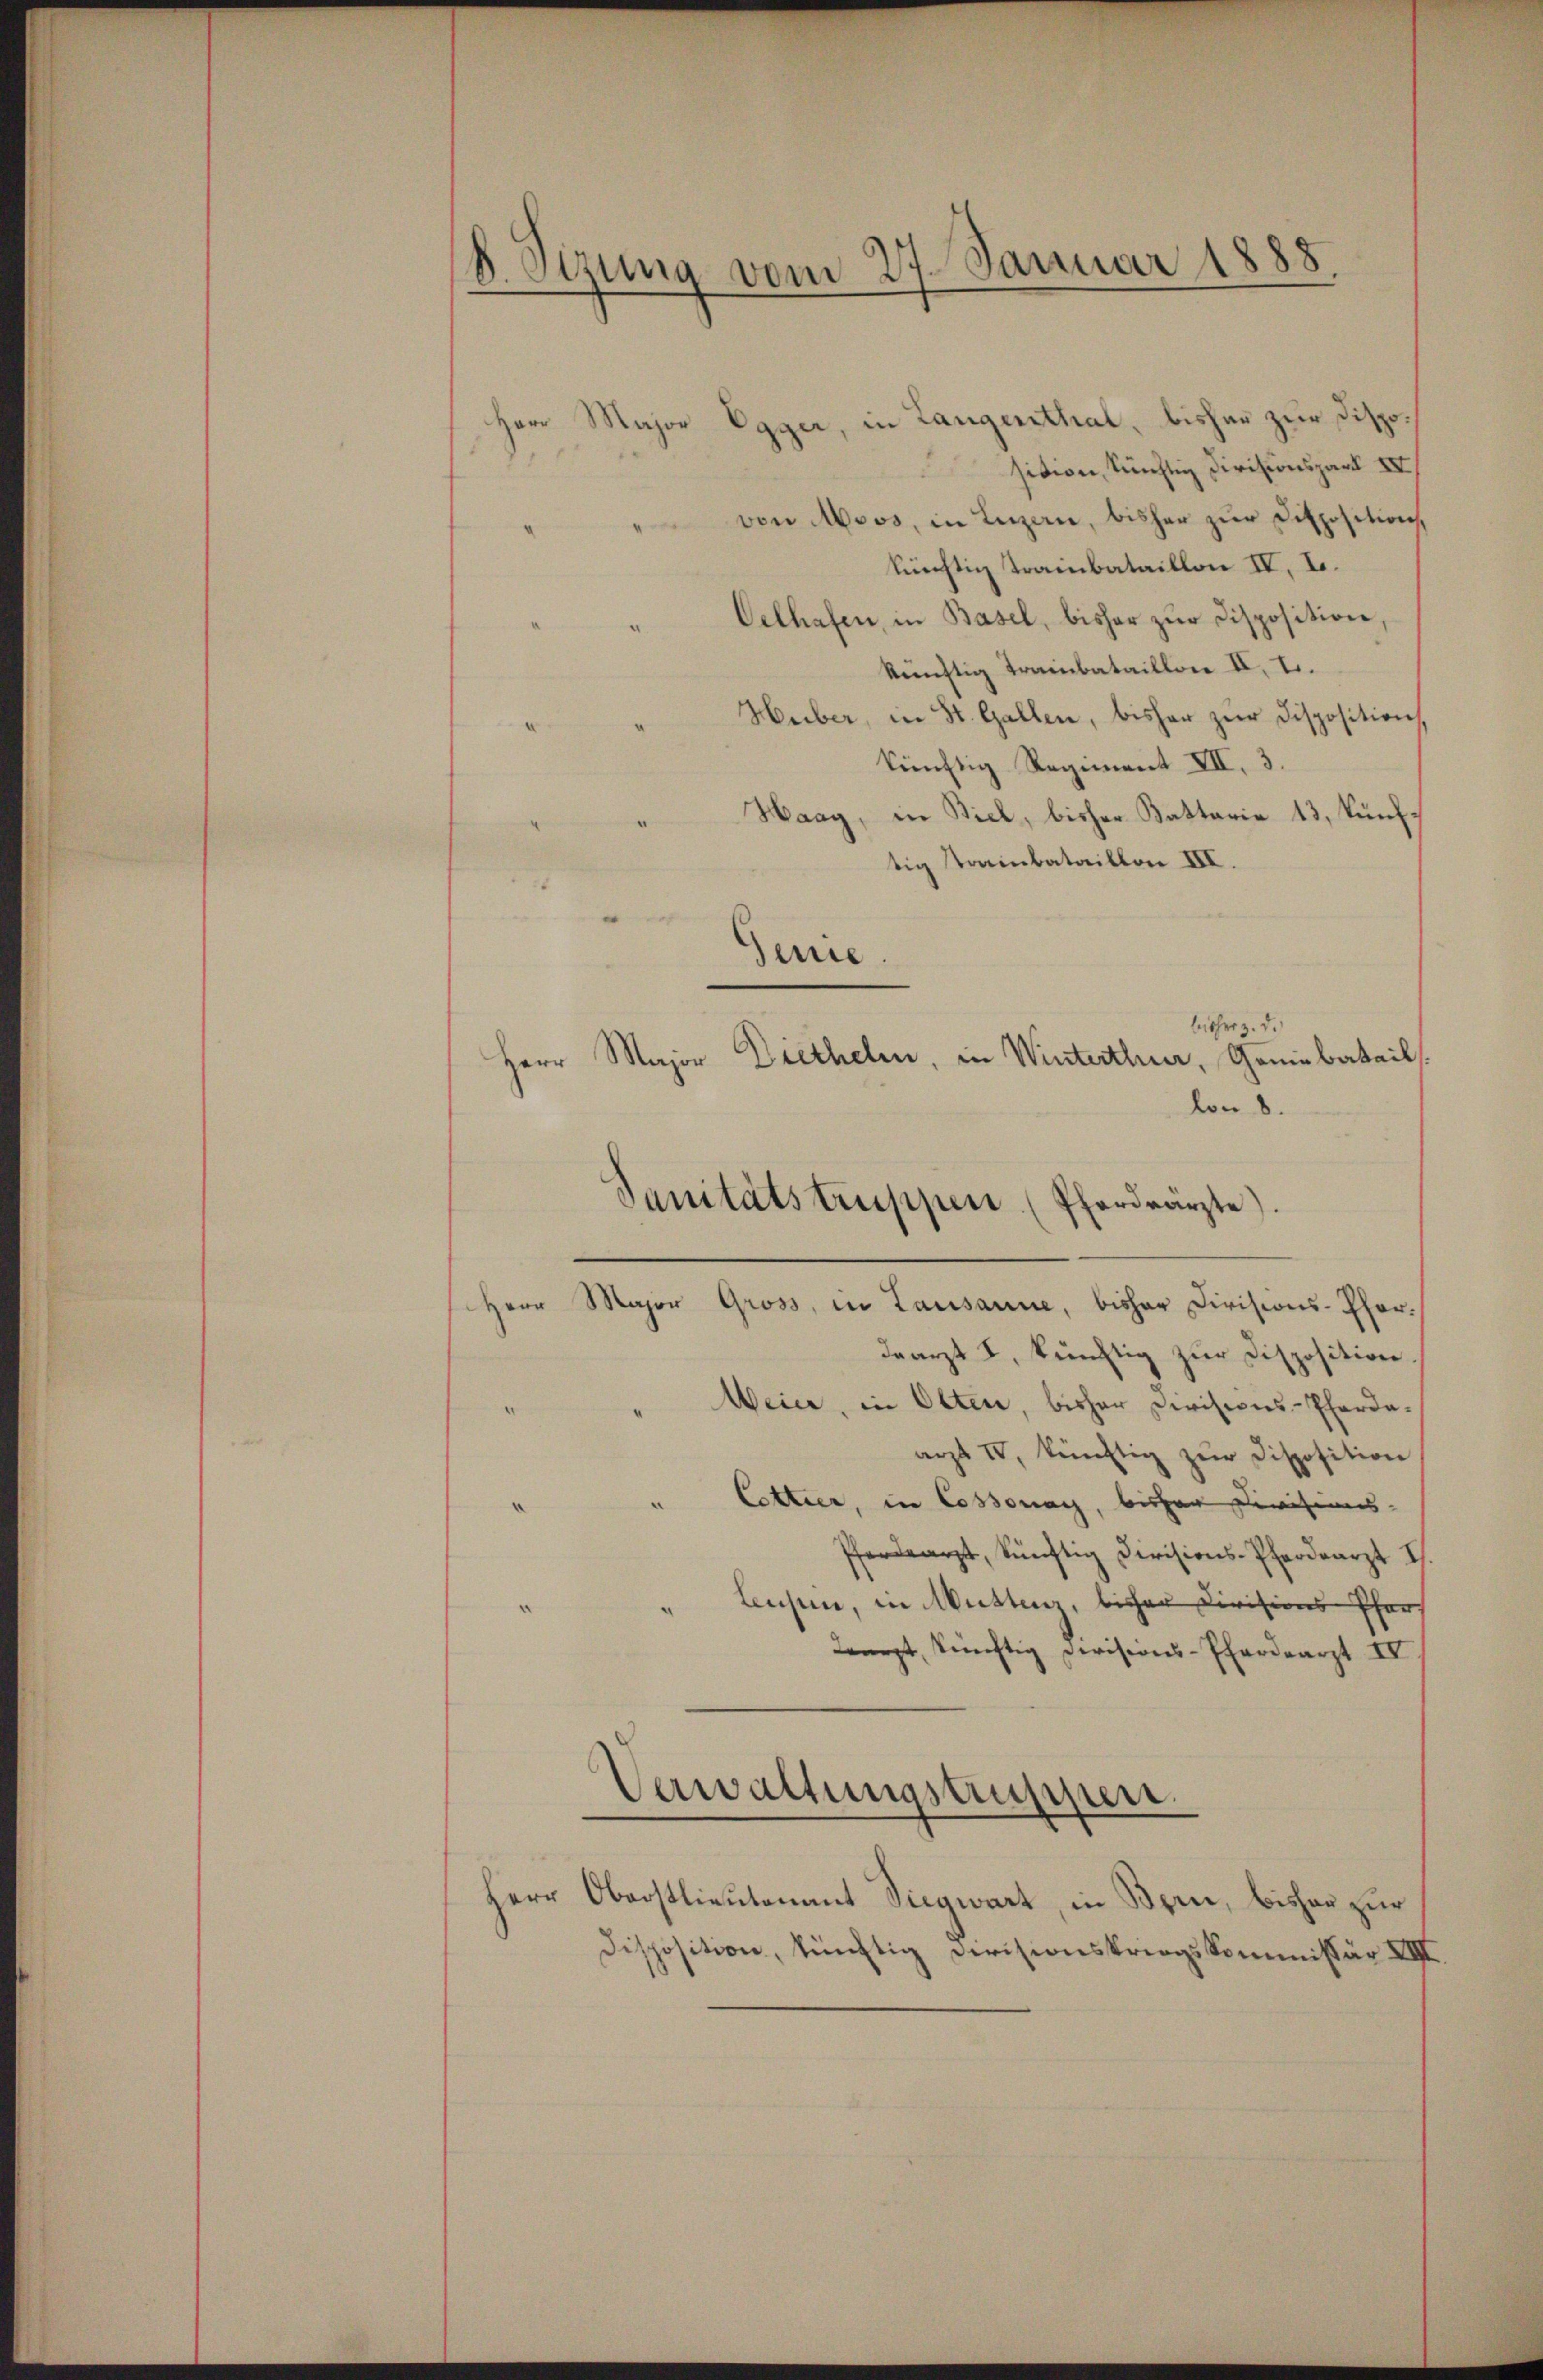
8. Sirung vom 27. Januar 1888
8

Herr Major Egger, in Langenthal, bisher zur Disposition, künftig Divisionspart IV
von Moos, in Luzern, bisher zur Disposition,
tüchtig Trainbataillon IV. L.
Oelhafen, in Basel, bisher zur Disposition
künftig Trainbataillon II. I.
Huber, in St. Gallen, bisher zur Disposition
künftig Regiment XII. 3.
Haag, in Biel, bisher Battarie 13, künftig Trainbataillon III.
Gene
bisher z. d.
lon 8.
Herr Major Gross, in Lausanne, bisher Divisions-Phardearzt I, künftig zur Disposition
Weier, in Olten, bisher Divisions-Pferdaarzt IV, künftig zŭr Disposition
Cottier, in Cossonay, bisher Divisions-
Pferdearzt, künftig Divisions-Pferdearzt I
Lusen, in Muttenz, bisher Divisions Pfar
Learzt, sichtig Devisions-Pferdearzt IV
Verwaltungstruppen.
Herr Oberstlieutenant Siegwart, in Bern, bisher zur
Disposition, künftig Devisionskriegskommissär XIV

Herr Major Diethelm, in Winterthur, Greinbatails.
Sanitätstruppen (Pferdearzte).